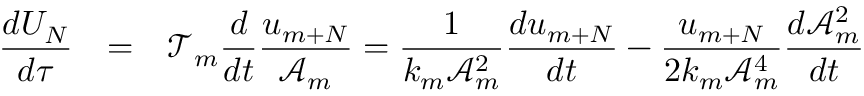
\begin{array} { r c l } { \displaystyle \frac { d U _ { N } } { d \tau } } & { = } & { \displaystyle \mathcal { T } _ { m } \frac { d } { d t } \frac { u _ { m + N } } { \mathcal { A } _ { m } } = \frac { 1 } { k _ { m } \mathcal { A } _ { m } ^ { 2 } } \frac { d u _ { m + N } } { d t } - \frac { u _ { m + N } } { 2 k _ { m } \mathcal { A } _ { m } ^ { 4 } } \frac { d \mathcal { A } _ { m } ^ { 2 } } { d t } } \end{array}